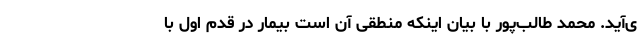
ی‌آید. محمد طالب‌پور با بیان اینکه منطقی آن است بیمار در قدم اول با